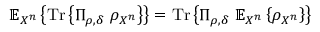
\mathbb { E } _ { X ^ { n } } \left\{ { \mathrm { T r } } \left\{ \Pi _ { \rho , \delta } \ \rho _ { X ^ { n } } \right\} \right\} = { \mathrm { T r } } \left\{ \Pi _ { \rho , \delta } \ \mathbb { E } _ { X ^ { n } } \left\{ \rho _ { X ^ { n } } \right\} \right\}